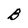
Character: B